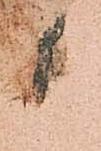
候